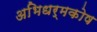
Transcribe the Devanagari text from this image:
अभिधर्मकोष